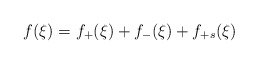
\begin{align*}f(\xi) = f_+(\xi) + f_-(\xi) + f_{+s}(\xi)\end{align*}